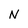
Character: N